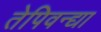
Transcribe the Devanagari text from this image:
तेपिवन्द्या